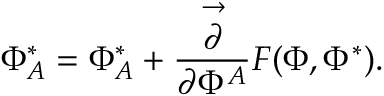
\Phi _ { A } ^ { * } = \Phi _ { A } ^ { * } + \frac { \stackrel { \rightarrow } { \partial } } { \partial \Phi ^ { A } } F ( \Phi , \Phi ^ { * } ) .